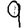
Digit: 9